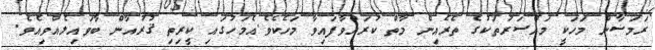
ރަމަޟާން މަހަކީ މައްސަރުތަކުގެ ތެރެއިން މާތް ކުރައްވާފައިވާ މަހެކެވެ.އެމަހުގައި ކީރިތި ޤުރުއާން ބާވައިލެއްވިއެވެ.